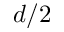
d / 2